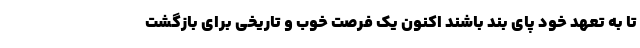
تا به تعهد خود پای بند باشند اکنون یک فرصت خوب و تاریخی برای بازگشت